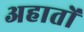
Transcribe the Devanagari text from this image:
अहातों